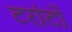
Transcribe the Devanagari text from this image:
टरांटों